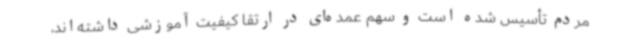
مردم تأسیس ‌شده است و سهم عمده‌ای در ارتقا کیفیت آموزشی داشته‌اند،